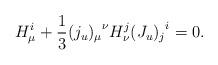
LaTeX: \begin{align*}H_\mu^i+{1\over 3}{(j_u)_\mu}^\nu H_\nu^j {(J_u)_j}^i=0.\end{align*}